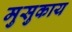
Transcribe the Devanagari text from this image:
मुसुकाय